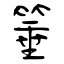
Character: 箠